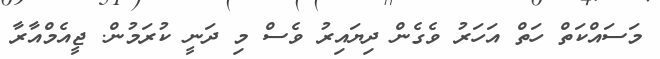
މަސައްކަތް ހަތް އަހަރު ވެގެން ދިޔައިރު ވެސް މި ދަނީ ކުރަމުން. ޖީއެމްއާރާ